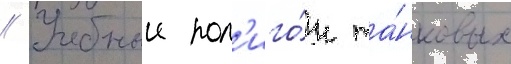
// Учебныи пол'иго́н та́нковых